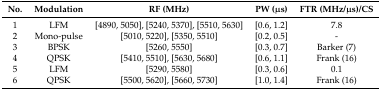
<table><thead><tr><td><b>No.</b></td><td><b>Modulation</b></td><td><b>RF (MHz)</b></td><td><b>PW (μs)</b></td><td><b>FTR (MHz/μs)/CS</b></td></tr></thead><tbody><tr><td>1</td><td>LFM</td><td>[4890, 5050], [5240, 5370], [5510, 5630]</td><td>[0.6, 1.2]</td><td>7.8</td></tr><tr><td>2</td><td>Mono-pulse</td><td>[5010, 5220], [5350, 5510]</td><td>[0.2, 0.5]</td><td>-</td></tr><tr><td>3</td><td>BPSK</td><td>[5260, 5550]</td><td>[0.3, 0.7]</td><td>Barker (7)</td></tr><tr><td>4</td><td>QPSK</td><td>[5410, 5510], [5630, 5680]</td><td>[0.6, 1.1]</td><td>Frank (16)</td></tr><tr><td>5</td><td>LFM</td><td>[5290, 5580]</td><td>[0.3, 0.6]</td><td>0.1</td></tr><tr><td>6</td><td>QPSK</td><td>[5500, 5620], [5660, 5730]</td><td>[1.0, 1.4]</td><td>Frank (16)</td></tr></tbody></table>